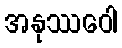
အနုဿဝေါ